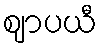
ဈာပယီ